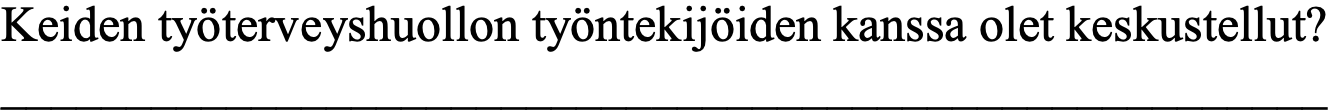
Keiden työterveyshuollon työntekijöiden kanssa olet keskustellut? _____________________________________________________